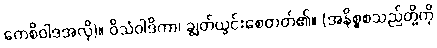
ကေစိဝါဒအလို)။ ဝိသံဝါဒိကာ၊ ချွတ်ယွင်းစေတတ်၏။ (အနိစ္စစသည်တို့ကို